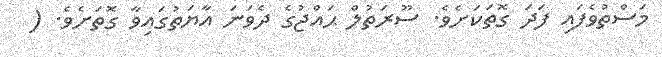
މަސްތުވެފައި ފަދަ ގޮތަކަށެވެ. ސޫރަތުލް ޙައްޖުގެ ދެވަނަ އާޔަތުގައިވާ ގޮތަށެވެ. (